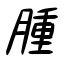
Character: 腫